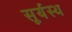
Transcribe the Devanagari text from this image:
सूर्यस्थ